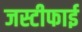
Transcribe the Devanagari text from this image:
जस्टीफाई